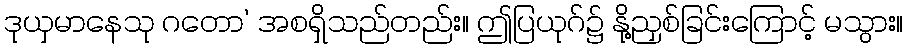
ဒုယှမာနေသု ဂတော’ အစရှိသည်တည်း။ ဤပြယုဂ်၌ နို့ညှစ်ခြင်းကြောင့် မသွား။